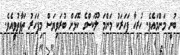
ބުނީ މަންމައެވެ. ހުރިހާ ފަހަރަކު މަންމަ ލޫކަސްގެ ކޮޅަށް ބުރަވިޔަސް މިފަހަރު ތަފާތުވީއެވެ.